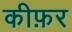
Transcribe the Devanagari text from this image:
कीफ़र